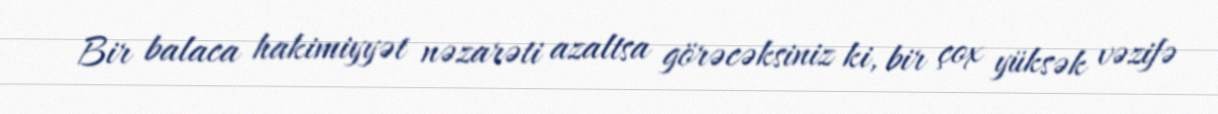
Bir balaca hakimiyyət nəzarəti azaltsa görəcəksiniz ki, bir çox yüksək vəzifə